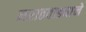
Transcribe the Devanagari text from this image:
मराठवाड्याने